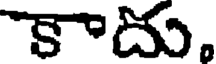
కాదు.